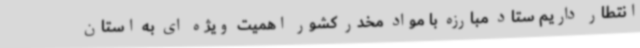
انتطار داریم ستاد مبارزه با مواد مخدر کشور اهمیت ویژه ای به استان